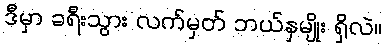
ဒီမှာ ခရီးသွား လက်မှတ် ဘယ်နှမျိုး ရှိလဲ။